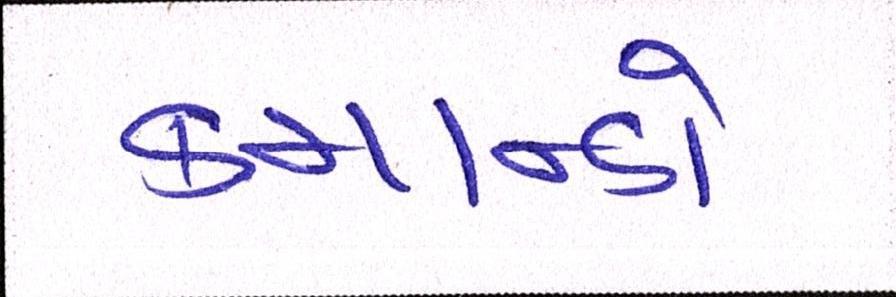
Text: કમાન્ડો